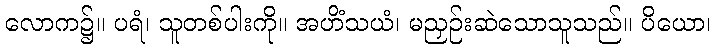
လောက၌။ ပရံ၊ သူတစ်ပါးကို။ အဟိံသယံ၊ မညှဉ်းဆဲသောသူသည်။ ပိယော၊